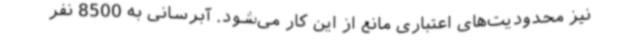
نیز محدودیت‌های اعتباری مانع از این کار می‌شود. آبرسانی به 8500 نفر